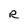
Character: R